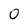
Character: 0